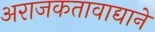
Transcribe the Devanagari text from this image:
अराजकतावाद्याने